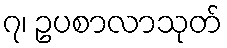
၇၊ ဥပစာလာသုတ်